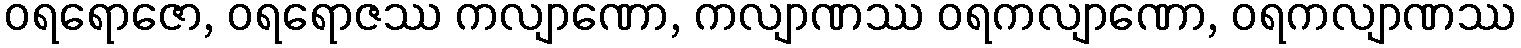
ဝရရောဇော, ဝရရောဇဿ ကလျာဏော, ကလျာဏဿ ဝရကလျာဏော, ဝရကလျာဏဿ